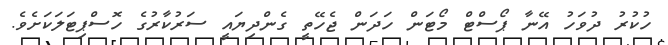
ހުކުރު ދުވަހު އޭނާ ޕޯސްޓް މޯޓަން ހަދަން ޖެހޭތީ ގެންދިޔައީ ސަރުކާރުގެ ހޮސްޕިޓަލަކަށެވެ.